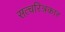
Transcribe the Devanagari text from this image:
सत्चरित्रकार